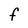
Character: F